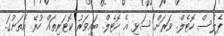
ޕެލެސް ހޮޓެލް. ވަރަށް ސަޅި އެ ހޮޓެލް. ބައިވަރު ކޮޓަރިތައް ހުރޭ އެތަނުގަ.